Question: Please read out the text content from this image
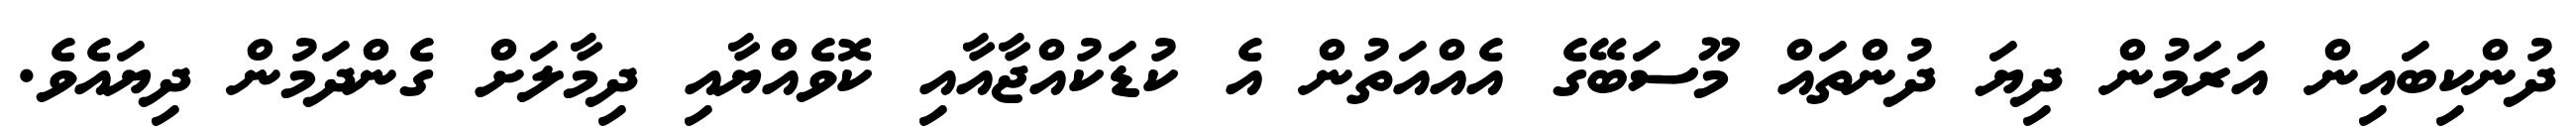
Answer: ދުންކިބައިން އަރަމުން ދިޔަ ދުންތައް މޫސަބޭގެ އެއްއަތުން އެ ކުޑަކުއްޖާއާއި ކޮވެއްޔާއި ދިމާލަށް ގެންދަމުން ދިޔައެވެ.